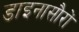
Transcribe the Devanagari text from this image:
डाइनासौरों